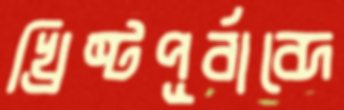
খ্রিষ্টপূর্বাব্দে